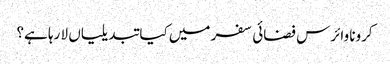
کرونا وائرس فضائی سفر میں کیا تبدیلیاں لا رہا ہے؟